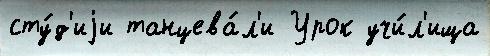
сту́д'иjи танцева́л'и Урок учи́л'ища